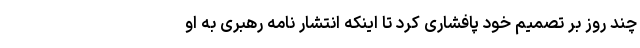
چند روز بر تصمیم خود پافشاری کرد تا اینکه انتشار نامه رهبری به او